system: You are a helpful assistant.
user:
Analyze the provided spectrum to determine if it is a **Carbon Star (C-type)**.

- **Key Visual Indicators of Carbon Star:**
    - **(Primary):** Strong molecular absorption from **C₂ (diatomic carbon) "Swan Bands."** This is the **defining feature** of a carbon star.
        - **(Key Bandheads):** Sharp absorption edges are visible at approximately $5635$ Å, $5165$ Å (the strongest band), and $4737$ Å.
        - **(Line Profile):** Creates a distinct **"saw-tooth"** pattern. The key morphology is a sharp, steep bandhead on the **red (long-wavelength) side**, which then gradually tapers off (i.e., flux recovers) towards the **blue (short-wavelength) side**. *(This is the direct opposite of the TiO bands seen in M-type stars)*.

    - **(Secondary):** Intense **CN (cyanogen)** molecular absorption bands.
        - **(Key Bandheads):** Located in the blue and violet regions of the spectrum (e.g., near $4215$ Å and $3883$ Å).
        - **(Morphology):** These bands are extremely broad and act as a "blanket," absorbing the vast majority of blue and violet light. This creates a characteristic **"cliff"** or **"steep drop-off"** in the spectrum's flux at short wavelengths.

    - **(Key Confirmation):** Strong **CH absorption band (G-band)**.
        - **(Key Bandhead):** Located around $4300$ Å. The contribution from CH molecules to this band is exceptionally strong.

    - **(Overall Spectrum):**
        - The continuum is severely "chopped up" by these deep molecular bands, especially C₂, rather than appearing as a smooth curve.
        - Due to the heavy CN and C₂ absorption in the blue-green, the vast majority of the star's flux is concentrated in the red part of the spectrum, giving the star its characteristic deep red color.

Think first, call **spectral_visualization_tool** if needed to examine features in detail, then provide your final answer. Your response must adhere to the following strict rules:
1.  **Overall Structure:** Your response must follow the format `<think>...</think> <tool_call>...</tool_call> (if a tool is used) <answer>...</answer>`.
2.  **Tool Usage Constraint:** You may only make **one** tool call per turn.
3.  **Final Answer Format:** In the `<answer>` tag, your conclusion must be inside a `\boxed{}` command (e.g., `\boxed{YES}`), followed by your justification.

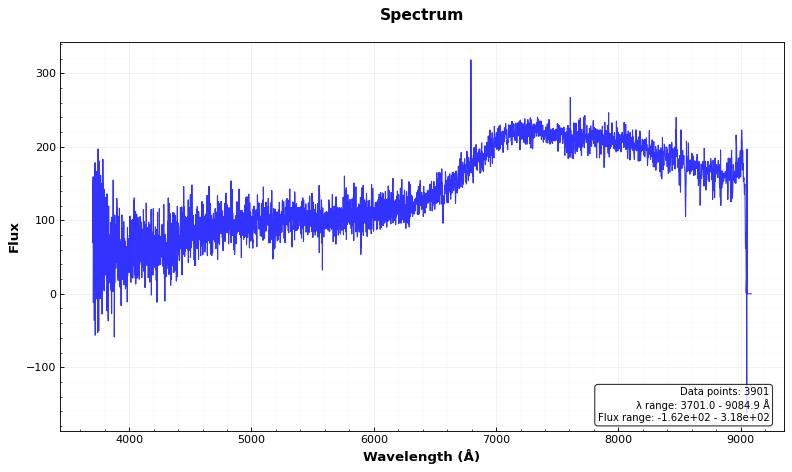
Answer: NO